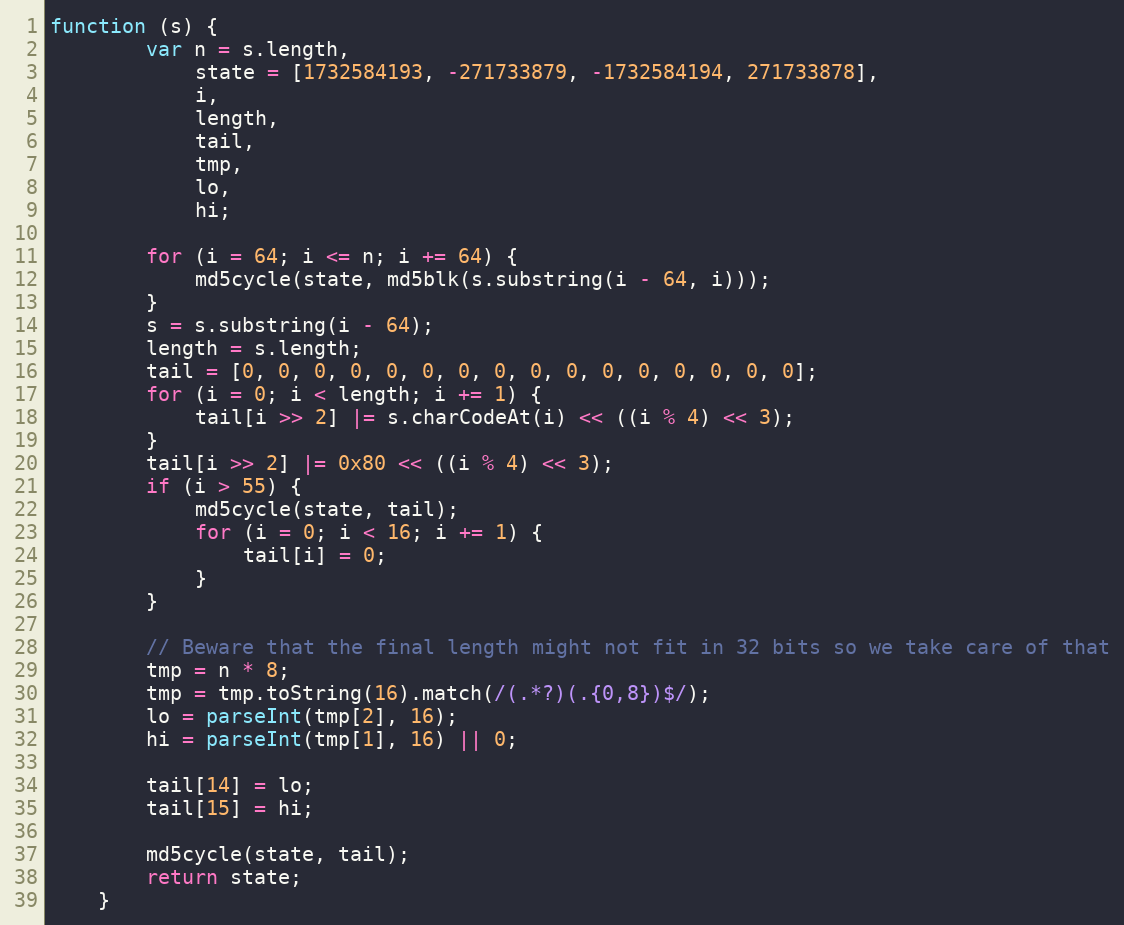
Language: JavaScript
function (s) {
        var n = s.length,
            state = [1732584193, -271733879, -1732584194, 271733878],
            i,
            length,
            tail,
            tmp,
            lo,
            hi;

        for (i = 64; i <= n; i += 64) {
            md5cycle(state, md5blk(s.substring(i - 64, i)));
        }
        s = s.substring(i - 64);
        length = s.length;
        tail = [0, 0, 0, 0, 0, 0, 0, 0, 0, 0, 0, 0, 0, 0, 0, 0];
        for (i = 0; i < length; i += 1) {
            tail[i >> 2] |= s.charCodeAt(i) << ((i % 4) << 3);
        }
        tail[i >> 2] |= 0x80 << ((i % 4) << 3);
        if (i > 55) {
            md5cycle(state, tail);
            for (i = 0; i < 16; i += 1) {
                tail[i] = 0;
            }
        }

        // Beware that the final length might not fit in 32 bits so we take care of that
        tmp = n * 8;
        tmp = tmp.toString(16).match(/(.*?)(.{0,8})$/);
        lo = parseInt(tmp[2], 16);
        hi = parseInt(tmp[1], 16) || 0;

        tail[14] = lo;
        tail[15] = hi;

        md5cycle(state, tail);
        return state;
    }